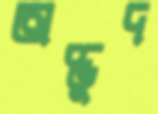
অদ্ভুদ